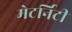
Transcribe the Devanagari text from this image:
मेटर्निटी